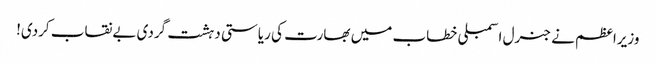
وزیراعظم نے جنرل اسمبلی خطاب میں بھارت کی ریاستی دہشت گردی بےنقاب کردی!